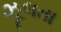
ઝૂલતા